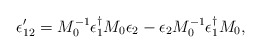
\begin{align*}\epsilon'_{12} = M_0^{-1} \epsilon_1^{\dagger} M_0 \epsilon_2-\epsilon_2 M_0^{-1}\epsilon_1^{\dagger} M_0,\end{align*}